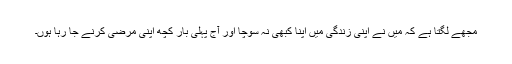
مجھے لگتا ہے کہ میں نے اپنی زندگی میں اپنا کبھی نہ سوچا اور آج پہلی بار کچھ اپنی مرضی کرنے جا رہا ہوں۔